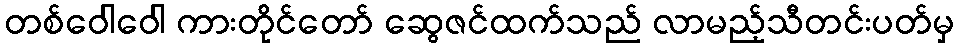
တစ်ဝေါဝေါ ကားတိုင်တော် ဆွေဇင်ထက်သည် လာမည့်သီတင်းပတ်မှ